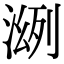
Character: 𣸠